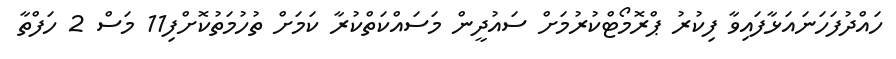
ހައްދުފަހަނައަޅާފައިވާ ފިކުރު ޕްރޮމޯޓްކުރުމަށް ސައުދީން މަސައްކަތްކުރާ ކަމަށް ތުހުމަތުކޮށްފި11 މަސް 2 ހަފްތާ